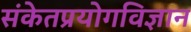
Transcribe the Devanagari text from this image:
संकेतप्रयोगविज्ञान